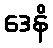
ဒေနိ